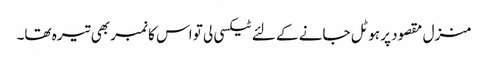
منزل مقصود پر ہوٹل جانے کے لئے ٹیکسی لی تو اس کا نمبر بھی تیرہ تھا۔